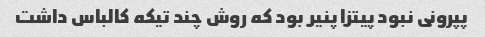
پپرونی نبود پیتزا پنیر بود که روش چند تیکه کالباس داشت